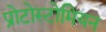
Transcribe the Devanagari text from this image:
प्रोटोस्टोमियन